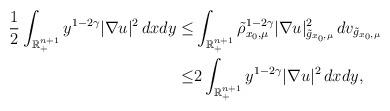
LaTeX: \begin{align*}\frac{1}{2}\int_{\mathbb{R}^{n+1}_+}y^{1-2\gamma}|\nabla u|^2\,dxdy\leq&\int_{\mathbb{R}^{n+1}_+}\tilde{\rho}^{1-2\gamma}_{x_0,\mu}|\nabla u|^2_{\tilde{g}_{x_0,\mu}}\,dv_{\tilde{g}_{x_0,\mu}}\\\leq&2\int_{\mathbb{R}^{n+1}_+}y^{1-2\gamma}|\nabla u|^2\,dxdy,\end{align*}